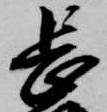
長